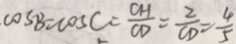
\cos B = \cos C = \frac { C H } { C D } = \frac { 2 } { C D } = \frac { 4 } { 5 }